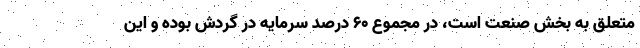
متعلق به بخش صنعت است، در مجموع ۶۰ درصد سرمایه در گردش بوده و این